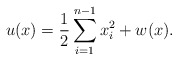
\begin{align*}u(x)=\frac12\sum_{i=1}^{n-1}x_i^2+w(x).\end{align*}